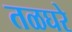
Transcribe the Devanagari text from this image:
तळघरे